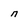
Character: d